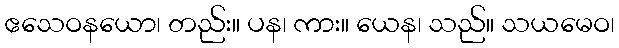
ဧသေဝနယော၊ တည်း။ ပန၊ ကား။ ယေန၊ သည်။ သယမေဝ၊